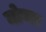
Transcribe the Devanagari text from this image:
मोगार